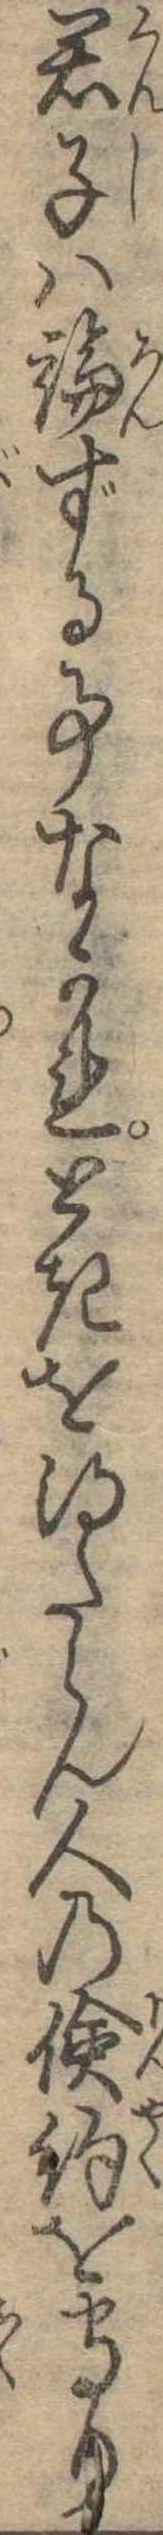
君子は論ずる事なかれときを得たらん人の倹約を守り